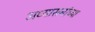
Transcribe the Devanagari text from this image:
अध्यासनांच्या